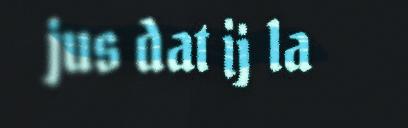
jus dat ij la